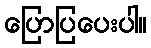
ပြောပြပေးပါ။